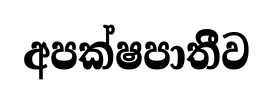
අපක්ෂපාතිීව